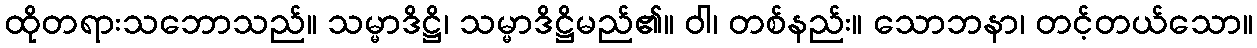
ထိုတရားသဘောသည်။ သမ္မာဒိဋ္ဌိ၊ သမ္မာဒိဋ္ဌိမည်၏။ ဝါ၊ တစ်နည်း။ သောဘနာ၊ တင့်တယ်သော။